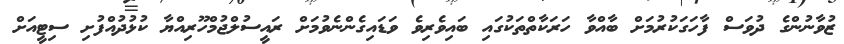
ޒުވާނުންގެ ދުވަސް ފާހަގަކުރުމަށް ބާއްވާ ހަރަކާތްތަކުގައި ބައިވެރިވެ ވަޑައިގެންނެވުމަށް ރައީސުލްޖުމްހޫރިއްޔާ ކުޅުދުއްފުށި ސިޓީއަށް